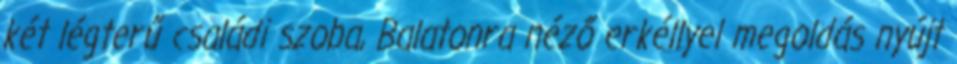
két légterű családi szoba, Balatonra néző erkéllyel megoldás nyújt